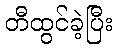
တီထွင်ခဲ့ပြီး